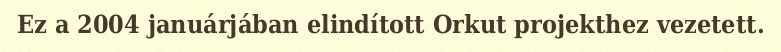
Ez a 2004 januárjában elindított Orkut projekthez vezetett.